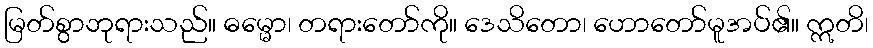
မြတ်စွာဘုရားသည်။ ဓမ္မော၊ တရားတော်ကို။ ဒေသိတော၊ ဟောတော်မူအပ်၏။ ဣတိ၊